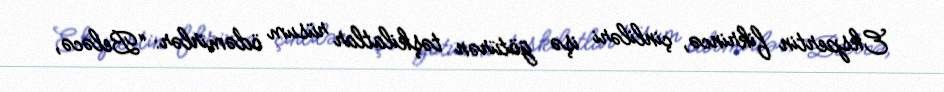
Ekspertin fikrincə, çinliləri işə götürən təşkilatlar rüsum ödəmirlər: “Beləcə,